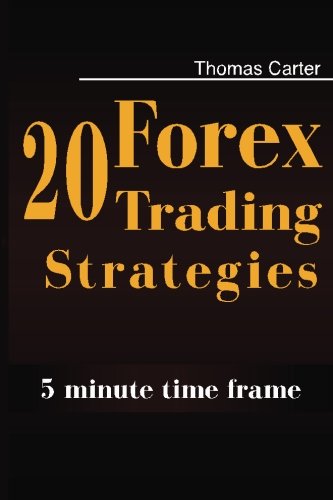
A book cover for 20 Forex Trading Strategies Collection (5 Min Time frame); Thomas Carter; Business & Money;